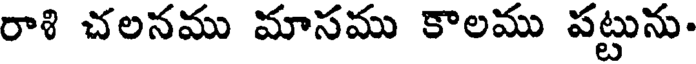
రాళి చలనము మాసము కాలము పట్టును.